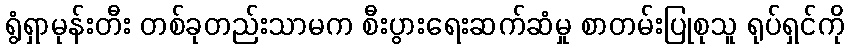
ရွံရှာမုန်းတီး တစ်ခုတည်းသာမက စီးပွားရေးဆက်ဆံမှု စာတမ်းပြုစုသူ ရုပ်ရှင်ကို